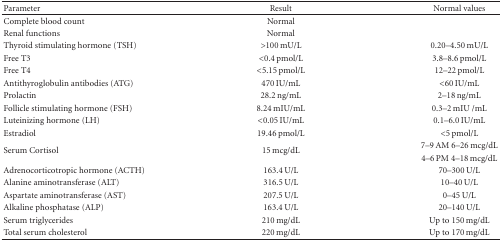
<table><thead><tr><td><b>Parameter</b></td><td><b>Result</b></td><td><b>Normal values</b></td></tr></thead><tbody><tr><td>Complete blood count</td><td>Normal</td><td> </td></tr><tr><td>Renal functions</td><td>Normal</td><td> </td></tr><tr><td>Thyroid stimulating hormone (TSH)</td><td>&gt;100 mU/L</td><td>0.20–4.50 mU/L</td></tr><tr><td>Free T3</td><td>&lt;0.4 pmol/L</td><td>3.8–8.6 pmol/L</td></tr><tr><td>Free T4</td><td>&lt;5.15 pmol/L</td><td>12–22 pmol/L</td></tr><tr><td>Antithyroglobulin antibodies (ATG)</td><td>470 IU/mL</td><td>&lt;60 IU/mL</td></tr><tr><td>Prolactin</td><td>28.2 ng/mL</td><td>2–18 ng/mL</td></tr><tr><td>Follicle stimulating hormone (FSH)</td><td>8.24 mIU/mL</td><td>0.3–2 mIU/mL</td></tr><tr><td>Luteinizing hormone (LH)</td><td>&lt;0.05 IU/mL</td><td>0.1–6.0 IU/mL</td></tr><tr><td>Estradiol</td><td>19.46 pmol/L</td><td>&lt;5 pmol/L</td></tr><tr><td rowspan="2">Serum Cortisol</td><td rowspan="2">15 mcg/dL</td><td>7–9 AM 6–26 mcg/dL</td></tr><tr><td>4–6 PM 4–18 mcg/dL</td></tr><tr><td>Adrenocorticotropic hormone (ACTH)</td><td>163.4 U/L</td><td>70–300 U/L </td></tr><tr><td>Alanine aminotransferase (ALT)</td><td>316.5 U/L</td><td>10–40 U/L</td></tr><tr><td>Aspartate aminotransferase (AST)</td><td>207.5 U/L</td><td>0–45 U/L</td></tr><tr><td>Alkaline phosphatase (ALP)</td><td>163.4 U/L</td><td>20–140 U/L</td></tr><tr><td>Serum triglycerides</td><td>210 mg/dL</td><td>Up to 150 mg/dL</td></tr><tr><td>Total serum cholesterol</td><td>220 mg/dL</td><td>Up to 170 mg/dL </td></tr></tbody></table>